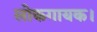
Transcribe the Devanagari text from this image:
लोकगायक।